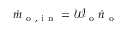
\dot { m } _ { \mathrm { ~ o ~ , ~ i ~ n ~ } } = \mathcal { W } _ { \mathrm { ~ o ~ } } \dot { n } _ { \mathrm { ~ o ~ } }